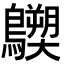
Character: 𪇐